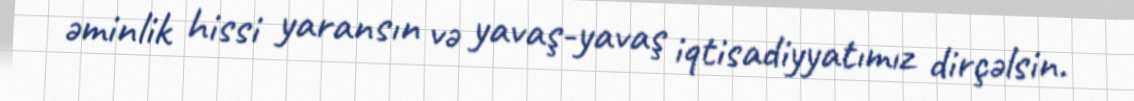
əminlik hissi yaransın və yavaş-yavaş iqtisadiyyatımız dirçəlsin.